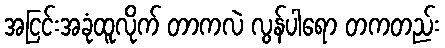
အငြင်းအခုံထူလိုက် တာကလဲ လွန်ပါရော တကတည်း